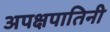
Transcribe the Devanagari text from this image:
अपक्षपातिनी